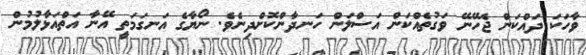
ވާހަކަ ދައްކަން ޖެހޭނޭ ވަގުތެއްކަން އަސްލަން ހަނދާންކޮށްދިނެވެ. ނޯޔާގެ އަނގަމަތީ އޭނާ އަތްއަޅާލުމުން